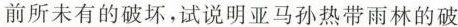
前所未有的破坏，试说明亚马孙热带雨林的破